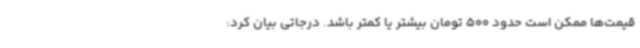
قیمت‌ها ممکن است حدود 500 تومان بیشتر یا کمتر باشد. درجاتی بیان کرد: